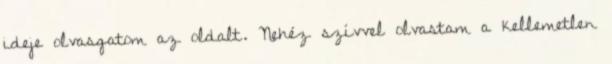
ideje olvasgatom az oldalt. Nehéz szívvel olvastam a kellemetlen